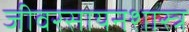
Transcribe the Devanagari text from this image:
जीवरसायनशास्त्र